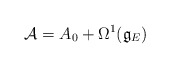
\begin{gather*}\mathcal{A}=A_{0}+\Omega^{1} (\mathfrak{g}_{E} )\end{gather*}